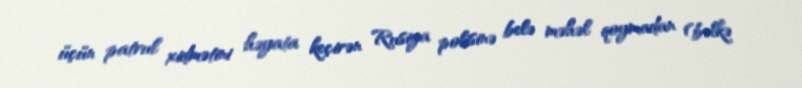
üçün patrul xidmətini həyata keçirən Rusiya polisinə belə məhəl qoymadan (bəlkə